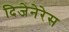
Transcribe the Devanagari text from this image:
दिजेनेरेस